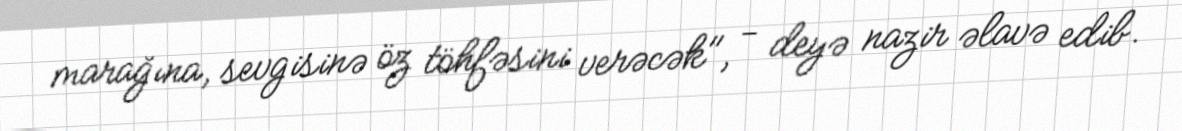
marağına, sevgisinə öz töhfəsini verəcək", - deyə nazir əlavə edib.